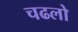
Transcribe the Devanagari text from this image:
चढलो